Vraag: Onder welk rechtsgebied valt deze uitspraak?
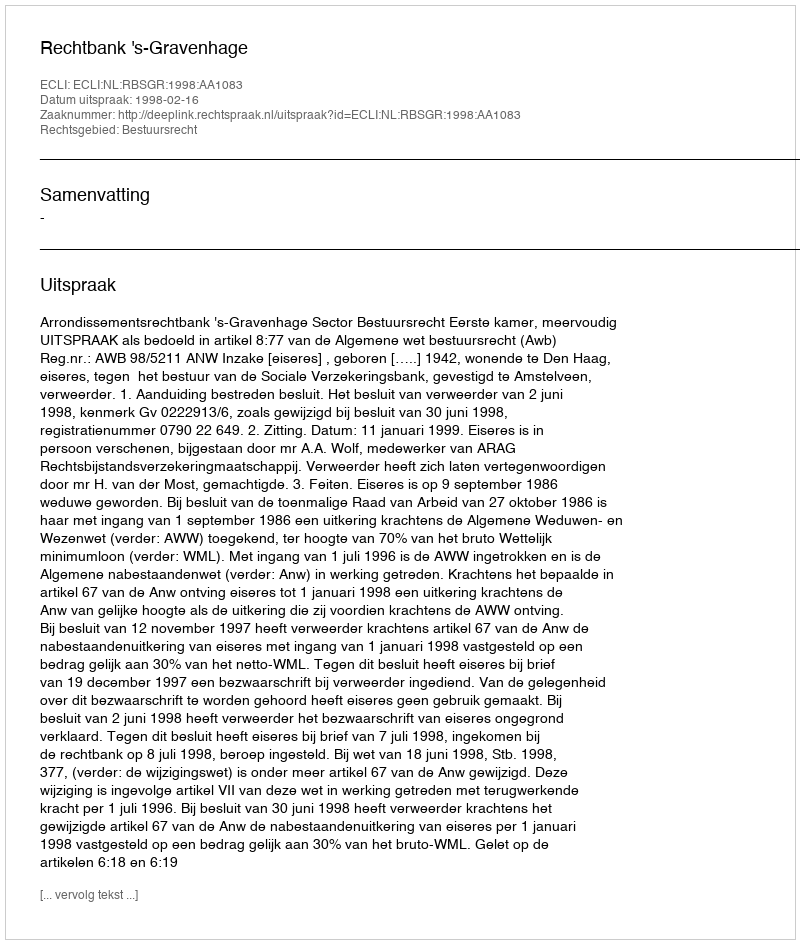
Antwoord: Bestuursrecht